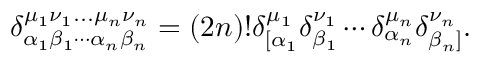
\delta _ { \alpha _ { 1 } \beta _ { 1 } \cdots \alpha _ { n } \beta _ { n } } ^ { \mu _ { 1 } \nu _ { 1 } . . . \mu _ { n } \nu _ { n } } = ( 2 n ) ! \delta _ { \lbrack \alpha _ { 1 } } ^ { \mu _ { 1 } } \delta _ { \beta _ { 1 } } ^ { \nu _ { 1 } } \cdots \delta _ { \alpha _ { n } } ^ { \mu _ { n } } \delta _ { \beta _ { n } ] } ^ { \nu _ { n } } .